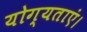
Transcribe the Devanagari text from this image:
योग्यताएं।